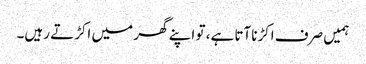
ہمیں صرف اکڑناآتا ہے، تو اپنے گھر میں اکڑتے رہیں۔